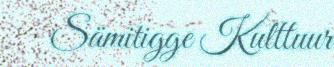
Sämitigge Kulttuur